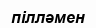
пілләмен